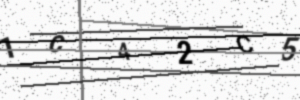
Text: 1C42C5